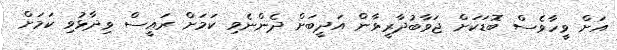
އަށް ވީހާވެސް ބޮޑަކަށް ޖަވާބުދާރީވާން އަދީބަށް ދެންނެވި ކަމަށް ރައީސް ވިދާޅުވި ކަމަށް